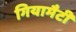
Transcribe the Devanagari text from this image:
गियामैटी